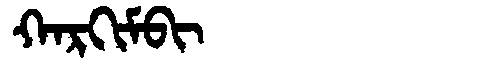
Manchu: ᡴᠠᡵᡴᡳᠮᠪᡳ
Romanization: KARKIMBI